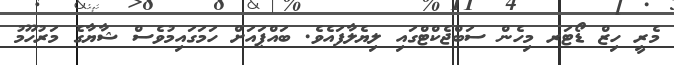
މެރީ ހިޒް ޑޯޓަރ މިހެން ސަބްޖެކްޓްގައި ލިޔެލާފައެވެ. ބައްޕައަށް ހަމަގައިމުވެސް ޝާޔާގެ މަރުހޫމު